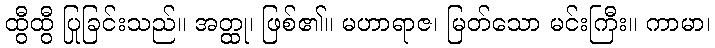
ထွီထွီ ပြုခြင်းသည်။ အတ္ထု၊ ဖြစ်၏။ မဟာရာဇ၊ မြတ်သော မင်းကြီး။ ကာမာ၊